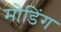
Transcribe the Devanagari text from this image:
मोडिंग